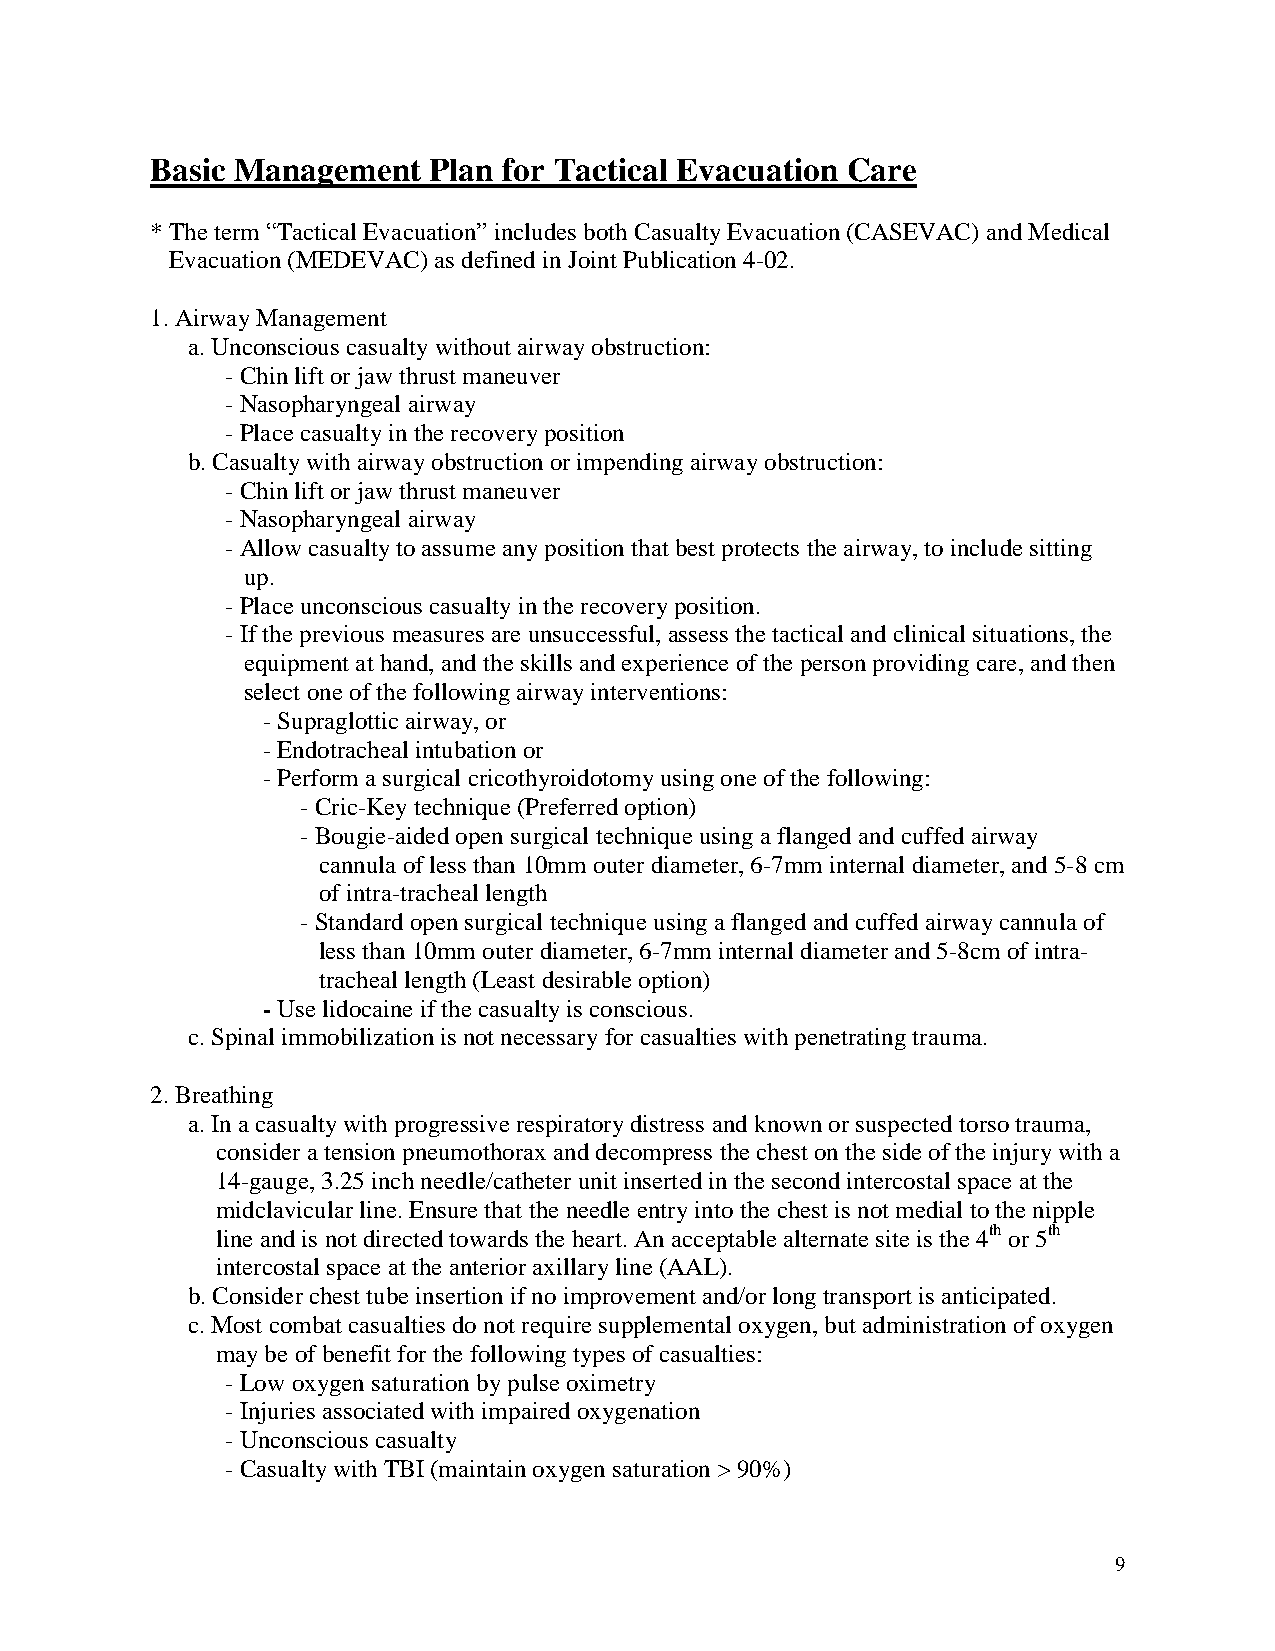
Basic Management  Plan for Tactical Evacuation Care
 * The term “Tactical Evacuation” includes both Casualty Evacuation (CASEVAC) and Medical
 Evacuation (MEDEVAC) as defined in Joint Publication 4-02.
 1. Airway Management
 a. Unconscious casualty without airway obstruction:
 - Chin lift or jaw thrust maneuver
 - Nasopharyngeal airway
 - Place casualty in the recovery position
 b. Casualty with airway obstruction or impending airway obstruction:
 - Chin lift or jaw thrust maneuver
 - Nasopharyngeal airway
 - Allow casualty to assume any position that best protects the airway, to include sitting
 up.
 - Place unconscious casualty in the recovery position.
 - If the previous measures are unsuccessful, assess the tactical and clinical situations, the
 equipment at hand, and the skills and experience of the person providing care, and then
 select one of the following airway interventions:
 - Supraglottic airway, or
 - Endotracheal intubation or
 - Perform a surgical cricothyroidotomy using one of the following:
 - Cric-Key technique (Preferred option)
 - Bougie-aided open surgical technique using a flanged and cuffed airway
 cannula of less than 10mm outer diameter, 6-7mm internal diameter, and 5-8 cm
 of intra-tracheal length
 - Standard open surgical technique using a flanged and cuffed airway cannula of
 less than 10mm outer diameter, 6-7mm internal diameter and 5-8cm of intra-
 tracheal length (Least desirable option)
 - Use lidocaine if the casualty is conscious.
 c. Spinal immobilization is not necessary for casualties with penetrating trauma.
 2. Breathing
 a. In a casualty with progressive respiratory distress and known or suspected torso trauma,
 consider a tension pneumothorax and decompress the chest on the side of the injury with a
 14-gauge, 3.25 inch needle/catheter unit inserted in the second intercostal space at the
 midclavicular line. Ensure that the needle entry into the chest is not medial to the nipple
 line and is not directed towards the heart. An acceptable alternate site is the 4th or 5th
 intercostal space at the anterior axillary line (AAL).
 b. Consider chest tube insertion if no improvement and/or long transport is anticipated.
 c. Most combat casualties do not require supplemental oxygen, but administration of oxygen
 may be of benefit for the following types of casualties:
 - Low oxygen saturation by pulse oximetry
 - Injuries associated with impaired oxygenation
 - Unconscious casualty
 - Casualty with TBI (maintain oxygen saturation > 90%)
 9